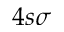
4 s \sigma